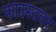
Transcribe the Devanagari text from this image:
फाउस्टवर